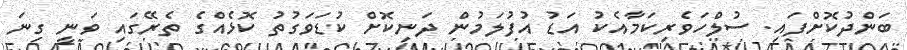
ބަންދުކޮށްފައި. ސުލްހަވެރިކަމާއެކު އަޑު އުފުލަމުން ދަނިކޮށް ކުޑަވަގުތު ކޮޅެއްގެ ތެރޭގައި ވަނީ ގިނަ